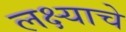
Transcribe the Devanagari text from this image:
लक्ष्याचे